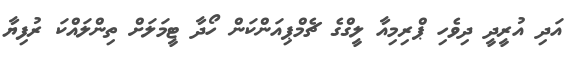
އަދި އުރީދީ ދިވެހި ޕްރިމިއާ ލީގްގެ ޗެމްޕިއަންކަން ހޯދާ ޓީމަލަށް ތިންލައްކަ ރުފިޔާ